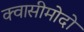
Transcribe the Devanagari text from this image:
क्वासीमोदो